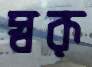
স্বরূ